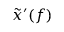
\Tilde { x } ^ { \prime } ( f )